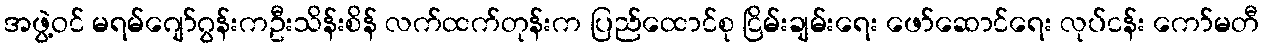
အဖွဲ့ဝင် မရမ်ဂျော်ဂွန်းကဦးသိန်းစိန် လက်ထက်တုန်းက ပြည်ထောင်စု ငြိမ်းချမ်းရေး ဖော်ဆောင်ရေး လုပ်ငန်း ကော်မတီ